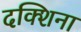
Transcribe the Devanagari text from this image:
दक्शिना